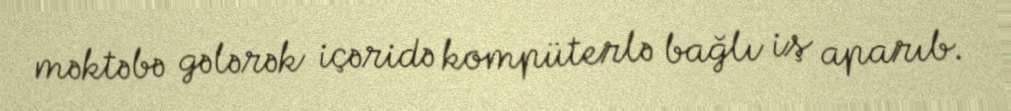
məktəbə gələrək içəridə kompüterlə bağlı iş aparıb.